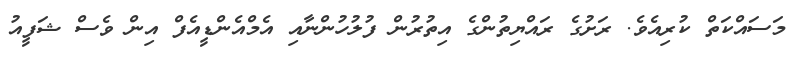
މަސައްކަތް ކުރިއެވެ. ރަށުގެ ރައްޔިތުންގެ އިތުރުން ފުލުހުންނާއި އެމްއެންޑީއެފް އިން ވެސް ޝަފީއު